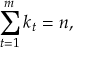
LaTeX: \sum _ { t = 1 } ^ { m } k _ { t } = n ,